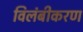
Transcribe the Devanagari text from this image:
विलंबीकरण